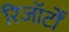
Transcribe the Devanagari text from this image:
रिजॉर्टों